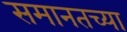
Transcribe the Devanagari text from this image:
समानतच्या